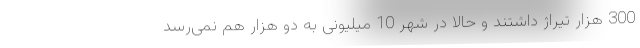
300 هزار تیراژ داشتند و حالا در شهر 10 میلیونی به دو هزار هم نمی‌رسد